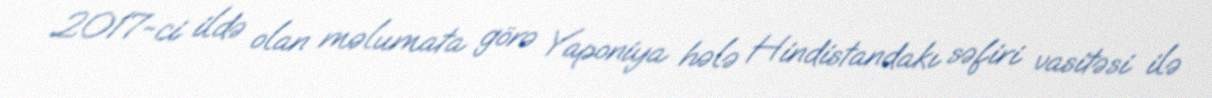
2017-ci ildə olan məlumata görə Yaponiya hələ Hindistandakı səfiri vasitəsi ilə